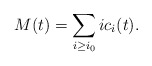
\begin{align*}M(t)=\sum_{i\geq i_0} i c_i(t).\end{align*}